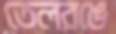
তেলরঙে